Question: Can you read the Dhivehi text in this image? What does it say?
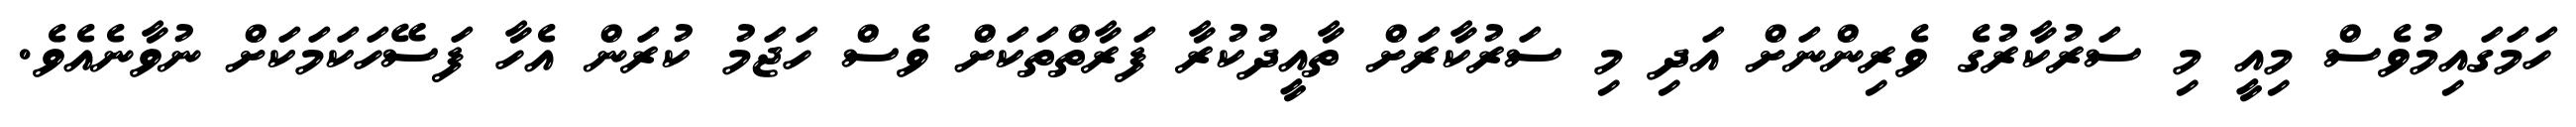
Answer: ހަމަގައިމުވެސް މިއީ މި ސަރުކާރުގެ ވެރިންނަށް އަދި މި ސަރުކާރަށް ތާއީދުކުރާ ފަރާތްތަކަށް ވެސް ހަޖަމު ކުރަން އެހާ ފަސޭހަކަމަކަށް ނުވާނެއެވެ.